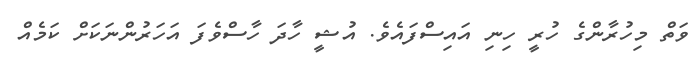
ވަތް މިހުރާންގެ ހުރީ ހިނި އައިސްފައެވެ. އުޝީ ހާދަ ހާސްވެފަ އަހަރުންނަކަށް ކަމެއް